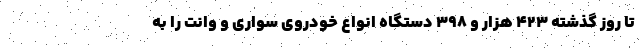
تا روز گذشته ۴۲۳ هزار و ۳۹۸ دستگاه انواع خودروی سواری و وانت را به